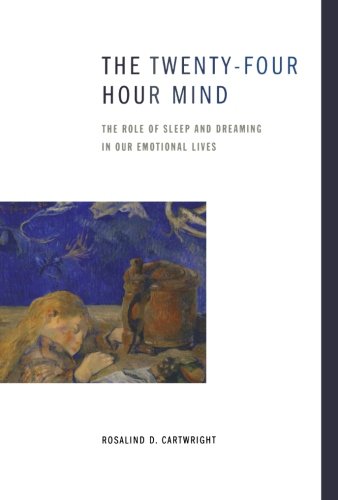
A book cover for The Twenty-four Hour Mind: The Role of Sleep and Dreaming in Our Emotional Lives; Rosalind D. Cartwright; Health, Fitness & Dieting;